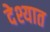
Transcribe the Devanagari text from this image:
देश्यात